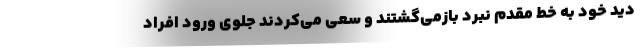
دید خود به خط مقدم نبرد بازمی‌گشتند و سعی می‌کردند جلوی ورود افراد